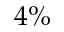
4 \%